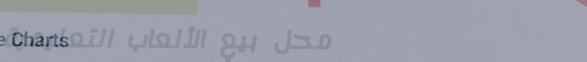
محل بيع الألعاب التعليمية